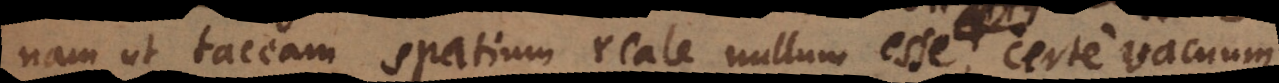
nam ut taceam spatium reale nullum esse, certe vacuum